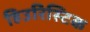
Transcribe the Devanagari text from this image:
हिउरिस्टिक